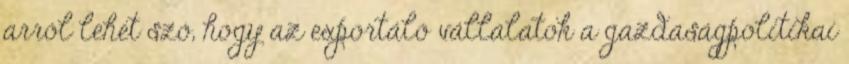
arról lehet szó, hogy az exportáló vállalatok a gazdaságpolitikai